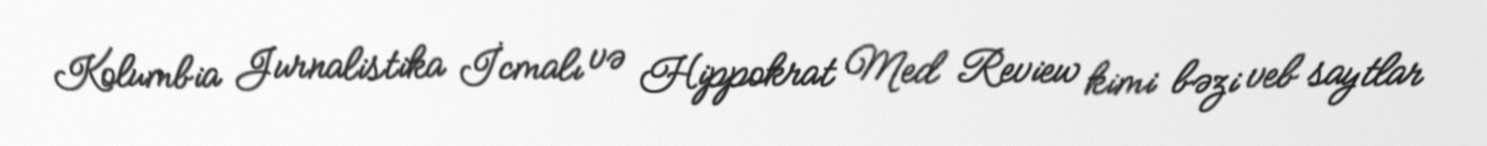
Kolumbia Jurnalistika İcmalı və Hippokrat Med Review kimi bəzi veb saytlar